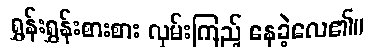
ရွှန်းရွှန်းစားစား လှမ်းကြည့် နေခဲ့လေ၏။